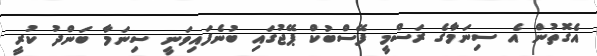
އެގޮތުން އެ ސިނަމާގެ ރަސްމީ ފޭސްބުކް ޕޭޖުގައި ބުނެފައިވަނީ ސިނަމާ ބަންދު ކުރީ